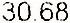
30.68